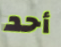
أحد